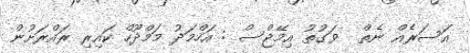
އަސަރެއް ނެތް  ވަގުތު އިމޭޖްސް : އަހްމަދު މަމްދޫހް ކައިރި ރައްރަށުން